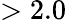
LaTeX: >2.0